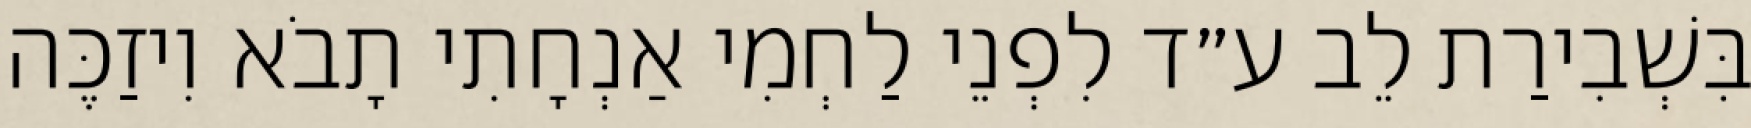
בִּשְׁבִירַת לֵב ע״ד לִפְנֵי לַחְמִי אַנְחָתִי תָבֹא וִיזַכֶּה